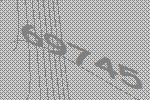
69745